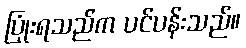
ပြုံးရသည်က ပင်ပန်းသည်။